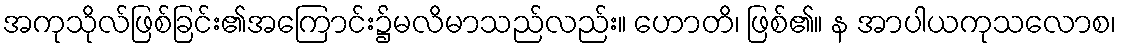
အကုသိုလ်ဖြစ်ခြင်း၏အကြောင်း၌မလိမာသည်လည်း။ ဟောတိ၊ ဖြစ်၏။ န အာပါယကုသလောစ၊